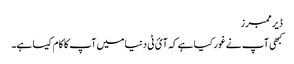
ڈیر ممبرز
کبھی آپ نے غور کیا ہے کہ آئ ٹی دنیا میں آپ کا کام کیسا ہے۔